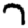
Digit: 7